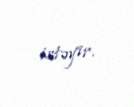
istəyir.